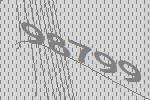
98799